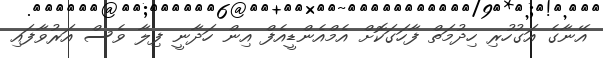
އޭނާގެ އަގުހުރި ހިދުމަތް ފާހަގަކޮށް އެމްއެންޑީއެފް އިން ހަދާނީ ފިލާ ވެސް އަރުވާފައި